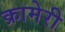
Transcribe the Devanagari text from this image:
क्रामेरी